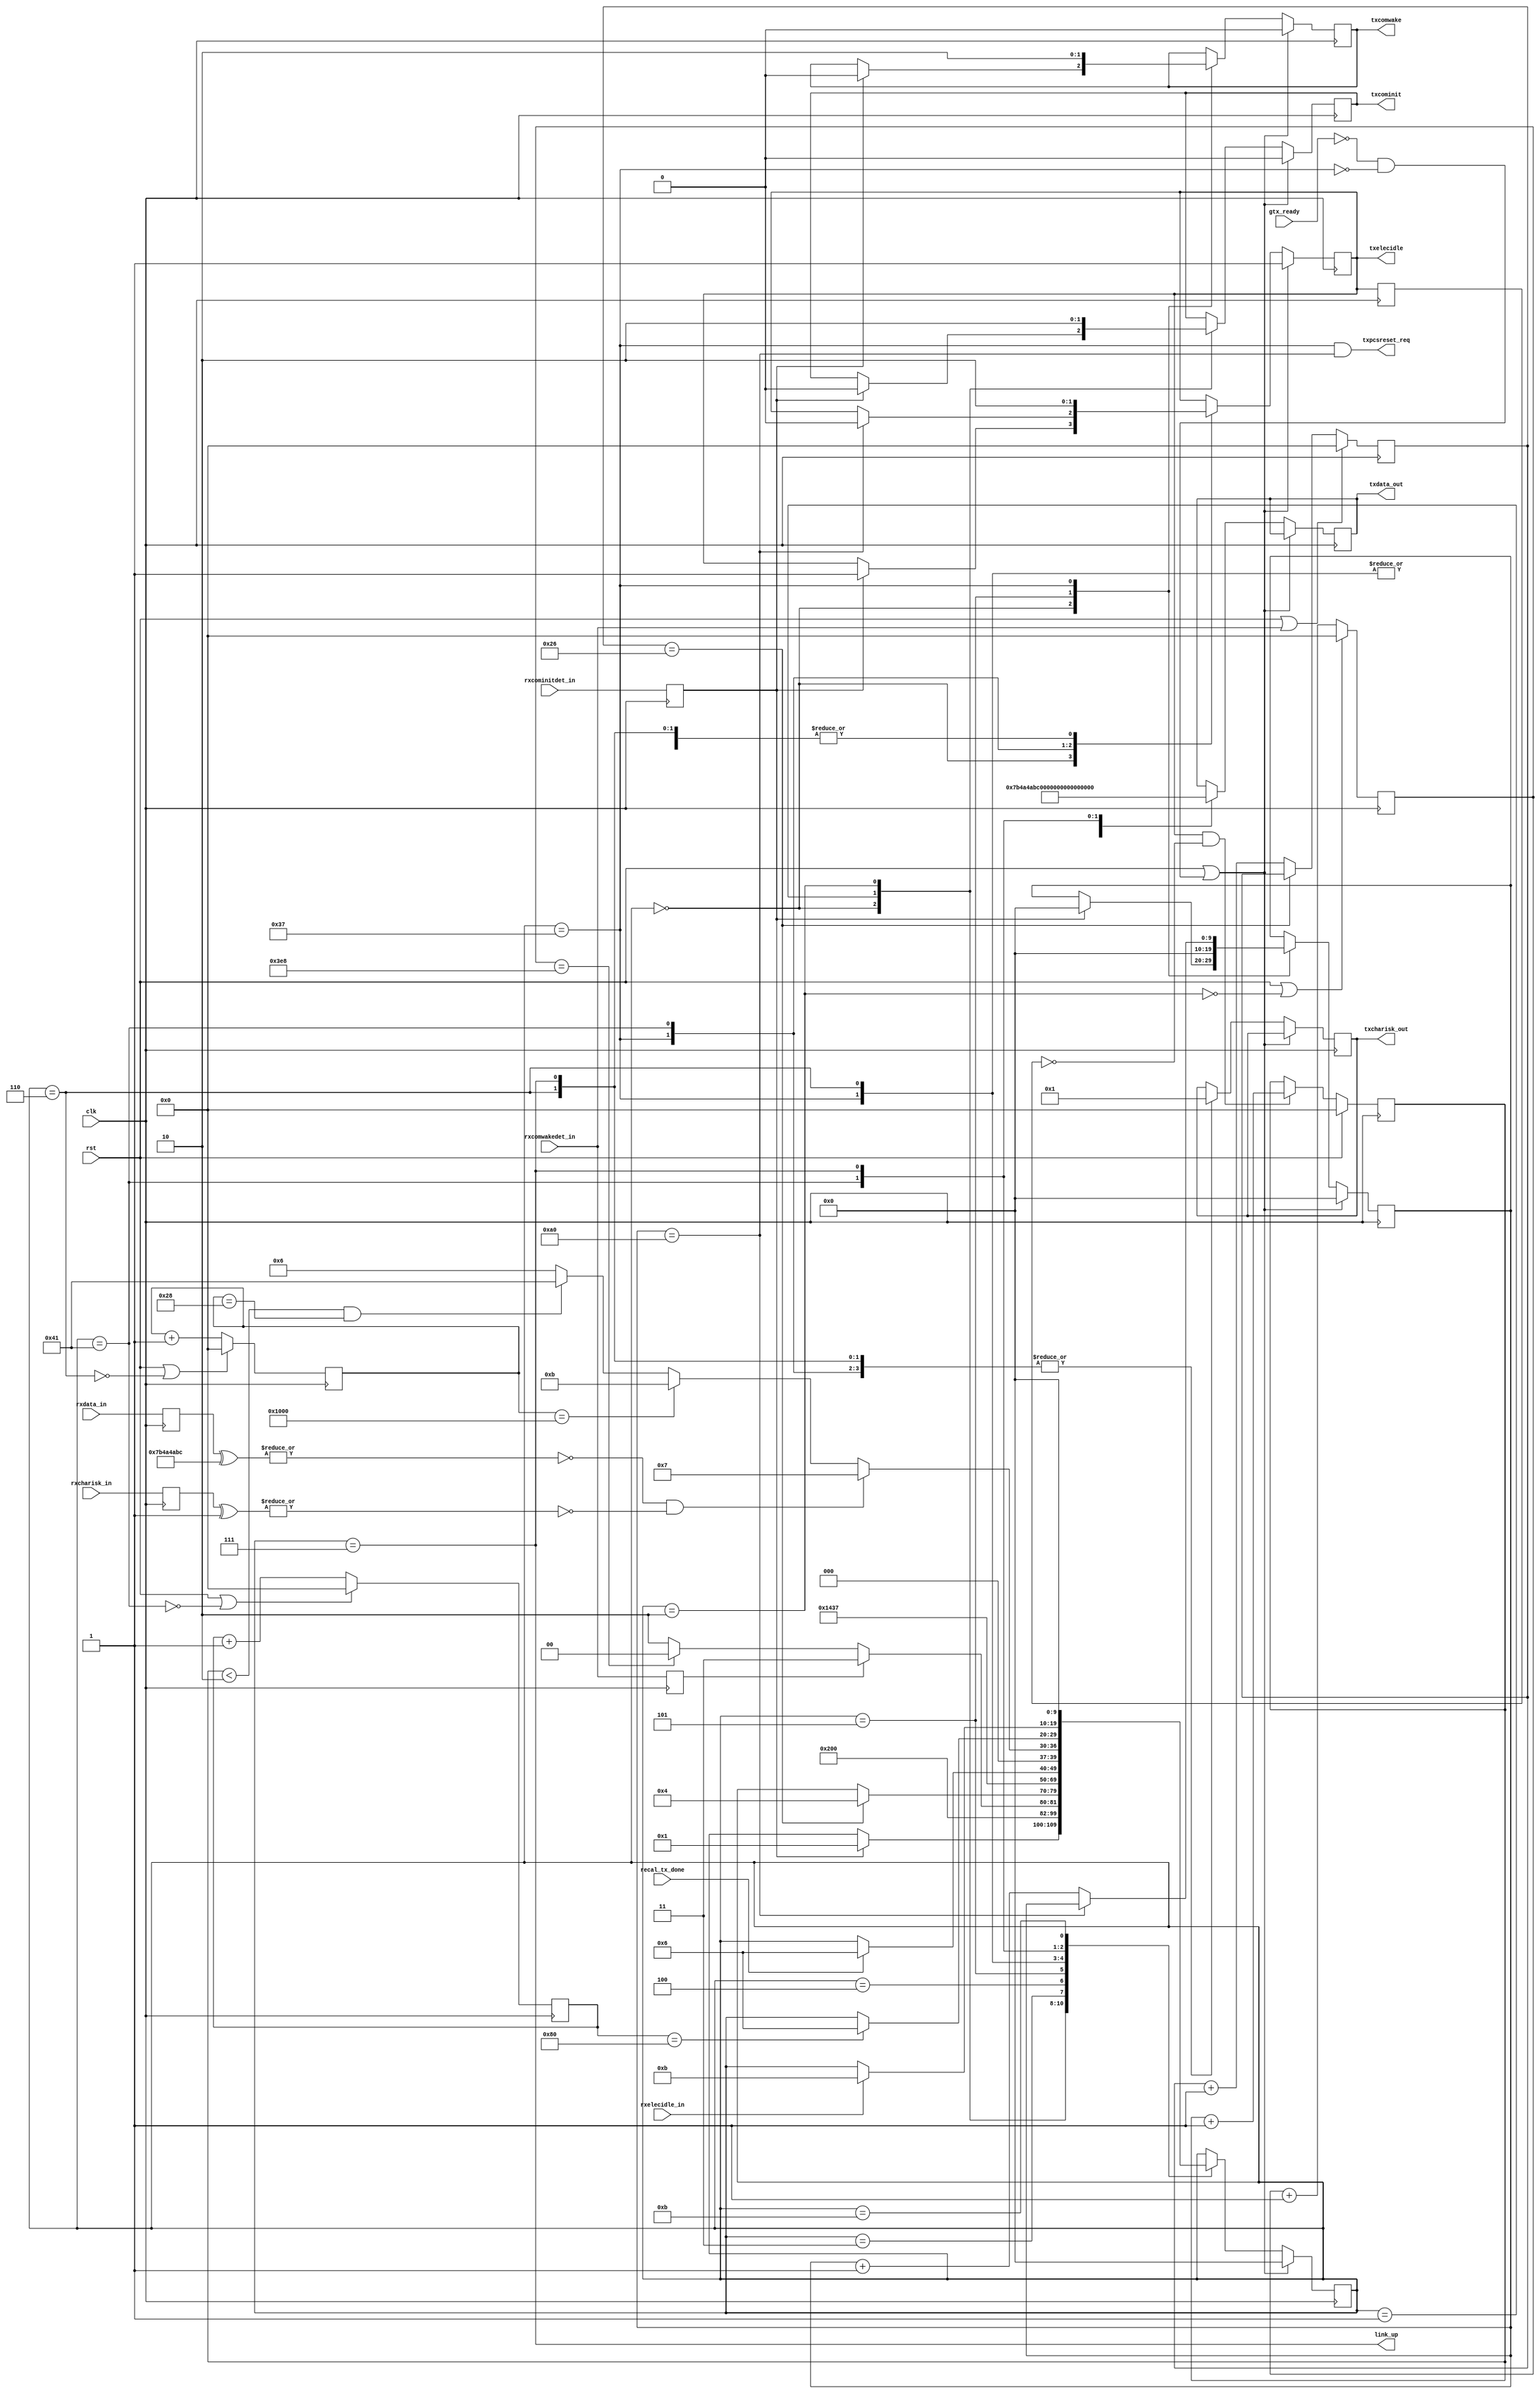
// This program was cloned from: https://github.com/Elphel/x393_sata
// License: GNU General Public License v3.0

/*!
 * <b>Module:</b>oob_dev
 * @file oob_dev.v
 * @date  2015-07-11  
 * @author Alexey     
 *
 * @brief sata oob unit implementation
 *
 * @copyright Copyright (c) 2015 Elphel, Inc.
 *
 * <b>License:</b>
 *
 * oob_dev.v is free software; you can redistribute it and/or modify
 * it under the terms of the GNU General Public License as published by
 * the Free Software Foundation, either version 3 of the License, or
 * (at your option) any later version.
 *
 * oob_dev.v file is distributed in the hope that it will be useful,
 * but WITHOUT ANY WARRANTY; without even the implied warranty of
 * MERCHANTABILITY or FITNESS FOR A PARTICULAR PURPOSE.  See the
 * GNU General Public License for more details.
 *
 * You should have received a copy of the GNU General Public License
 * along with this program.  If not, see <http://www.gnu.org/licenses/> .
 *
 * Additional permission under GNU GPL version 3 section 7:
 * If you modify this Program, or any covered work, by linking or combining it
 * with independent modules provided by the FPGA vendor only (this permission
 * does not extend to any 3-rd party modules, "soft cores" or macros) under
 * different license terms solely for the purpose of generating binary "bitstream"
 * files and/or simulating the code, the copyright holders of this Program give
 * you the right to distribute the covered work without those independent modules
 * as long as the source code for them is available from the FPGA vendor free of
 * charge, and there is no dependence on any encrypted modules for simulating of
 * the combined code. This permission applies to you if the distributed code
 * contains all the components and scripts required to completely simulate it
 * with at least one of the Free Software programs.
 */
/*
 * For now both device and host shall be set up to SATA2 speeds.
 * Need to think how to change speed grades on fly (either to broaden 
 * data iface width or to change RXRATE/TXRATE)
 */
// All references to doc = to SerialATA_Revision_2_6_Gold.pdf
module oob_dev #(
    parameter DATA_BYTE_WIDTH = 4,
    parameter CLK_SPEED_GRADE = 2, // 1 - 75 Mhz, 2 - 150Mhz, 4 - 300Mhz
    parameter TEST_ELIDLE =      2,      // test transmitting eidle between data rates (number of times)
    parameter ELIDLE_DELAY =    'h28, // 80,    // counter cycles
    parameter ELIDLE_DURATION = 'h80    // counter cycles
)
(
    // sata clk = usrclk2
    input   wire    clk,
    // reset oob
    input   wire    rst,

    input   wire    gtx_ready,
    // oob responses
    input   wire    rxcominitdet_in,
    input   wire    rxcomwakedet_in,
    input   wire    rxelecidle_in,
    // oob issues
    output  reg     txcominit,
    output  reg     txcomwake,
    output  reg     txelecidle,

    output  wire    txpcsreset_req,
    input   wire    recal_tx_done,

    // output data stream to gtx
    output  wire    [DATA_BYTE_WIDTH*8 - 1:0] txdata_out,
    output  wire    [DATA_BYTE_WIDTH - 1:0]   txcharisk_out,
    // input data from gtx
    input   wire    [DATA_BYTE_WIDTH*8 - 1:0] rxdata_in,
    input   wire    [DATA_BYTE_WIDTH - 1:0]   rxcharisk_in,

    output  wire    link_up
);

localparam  STATE_RESET             = 0;
localparam  STATE_COMINIT           = 1;
localparam  STATE_AWAITCOMWAKE      = 2;
localparam  STATE_AWAITNOCOMWAKE    = 3;
localparam  STATE_CALIBRATE         = 4;
localparam  STATE_COMWAKE           = 5;
localparam  STATE_RECAL             = 55;
localparam  STATE_SENDALIGN         = 6;
localparam  STATE_EIDLE_RATE        = 65; 
localparam  STATE_READY             = 7;
localparam  STATE_PARTIAL           = 8;
localparam  STATE_SLUMBER           = 9;
localparam  STATE_REDUCESPEED       = 10;
localparam  STATE_ERROR             = 11;


reg     [31:0]  rate_change_cntr;
reg             was_txelecidle;
reg     [9:0]   state;
wire    retry_interval_elapsed;
wire    wait_interval_elapsed;
wire    elidle_rate_delay_elapsed; 
wire    elidle_rate_duration_elapsed; 
wire    nocomwake;
wire    [31:0]  align;
wire    [31:0]  sync;

assign  align = {8'b01111011, 8'b01001010, 8'b01001010, 8'b10111100}; // {D27.3, D10.2, D10.2, K28.5}
assign  sync  = {8'b10110101, 8'b10110101, 8'b10010101, 8'b01111100}; // {D21.5, D21.5, D21.4, K28.3}

reg [31:0]  nocomwake_timer;
assign  nocomwake = nocomwake_timer == 32'd38;
always @ (posedge clk)
    nocomwake_timer <= rst | rxcomwakedet_in ? 32'h0 : nocomwake ? nocomwake_timer : nocomwake_timer + 1'b1;

reg [31:0]  retry_timer;
assign  retry_interval_elapsed = retry_timer == 32'd1000;
always @ (posedge clk)
    retry_timer <= rst | ~(state == STATE_AWAITCOMWAKE) ? 32'h0 : retry_timer + 1'b1;

reg [31:0]  wait_timer;
assign  wait_interval_elapsed =   wait_timer == 32'd4096;
assign elidle_rate_delay_elapsed = wait_timer == ELIDLE_DELAY;
always @ (posedge clk)
    wait_timer <= rst | ~(state == STATE_SENDALIGN) ? 32'h0 : wait_timer + 1'b1;
reg [31:0] elidle_timer;
assign elidle_rate_duration_elapsed = elidle_timer == ELIDLE_DURATION;    
always @ (posedge clk)
    elidle_timer <= rst | ~(state == STATE_EIDLE_RATE) ? 32'h0 : elidle_timer + 1'b1;

always @ (posedge clk) begin
    was_txelecidle <= txelecidle;
    if (rst)                                rate_change_cntr <= 0;
    else if (txelecidle && !was_txelecidle) rate_change_cntr <= rate_change_cntr + 1;  
end


reg [31:0]  data;
reg [3:0]   isk;

assign  link_up = state == STATE_READY;

assign  txdata_out      = data;
assign  txcharisk_out   = isk;

// buf inputs from gtx
reg rxcominitdet;
reg rxcomwakedet;
reg rxelecidle;
reg [31:0]  rxdata; 
reg [3:0]   rxcharisk;
always @ (posedge clk)
begin
    rxcominitdet <= rxcominitdet_in;
    rxcomwakedet <= rxcomwakedet_in;
    rxelecidle   <= rxelecidle_in;
    rxdata       <= rxdata_in;
    rxcharisk    <= rxcharisk_in;
end

reg [9:0] txelecidle_cnt;

wire    aligndet;
wire    syncdet;
assign  aligndet = ~|(rxdata ^ {8'b01111011, 8'b01001010, 8'b01001010, 8'b10111100}) & ~|(rxcharisk ^ 4'h1); // {D27.3, D10.2, D10.2, K28.5}
assign  syncdet  = ~|(rxdata ^ {8'b10110101, 8'b10110101, 8'b10010101, 8'b01111100}) & ~|(rxcharisk ^ 4'h1); // {D21.5, D21.5, D21.4, K28.3}

assign  txpcsreset_req = state == STATE_RECAL & (txelecidle_cnt == 10'd160);

always @ (posedge clk)
    if (rst | (~gtx_ready & ~(state == STATE_RECAL)))
    begin
        state       <= STATE_RESET;
        txelecidle  <= 1'b1;
        txcominit   <= 1'b0;
        txcomwake   <= 1'b0;
        txelecidle_cnt <= 10'h0;
    end
    else
        case (state)
        STATE_RESET:
        begin
            if (rxcominitdet) begin
                txelecidle_cnt <= 10'h0;
                state       <= STATE_COMINIT;
                txelecidle  <= 1'b1;
                txcominit   <= 1'b0;
                txcomwake   <= 1'b0;
            end
        end
        STATE_COMINIT:
        begin
            state       <= STATE_AWAITCOMWAKE;
            txcominit   <= 1'b1;
        end
        STATE_AWAITCOMWAKE:
        begin
            txcominit   <= 1'b0;
            if (rxcomwakedet)
                state   <= STATE_AWAITNOCOMWAKE;
            else 
            if (retry_interval_elapsed)
                state   <= STATE_RESET;
            else
                state   <= STATE_AWAITCOMWAKE;
        end
        STATE_AWAITNOCOMWAKE:
        begin
            if (nocomwake)
            begin
                state   <= STATE_CALIBRATE;
            end
        end
        STATE_CALIBRATE:
        begin
            state   <= STATE_COMWAKE;
        end
        STATE_COMWAKE:
        begin
            txcomwake   <= 1'b1;
            state       <= STATE_RECAL;
            txelecidle_cnt <= 10'h0;
        end
        STATE_RECAL:
        begin
            data    <= align;
            isk     <= 4'h1;
            txcomwake   <= 1'b0;
            // txcomwake period = 213.333 ns times let's say 10 pulses => 2133.333 ns = 160 cycles of 75Mhz
            if (txelecidle_cnt == 10'd160) begin
                txelecidle  <= 1'b0;
            end
            else begin
                txelecidle_cnt <= txelecidle_cnt + 1'b1;
            end
            if (recal_tx_done) begin
                state   <= STATE_SENDALIGN;
            end
        end
        STATE_SENDALIGN:
        begin
            txelecidle <= 1'b0;
            data    <= align;
            isk     <= 4'h1;
            if (aligndet)
                state   <= STATE_READY;
            else 
            if (wait_interval_elapsed)
                state   <= STATE_ERROR;
            else if ((rate_change_cntr < TEST_ELIDLE) && elidle_rate_delay_elapsed)
                state   <= STATE_EIDLE_RATE;
            else 
                state   <= STATE_SENDALIGN;
        end

        STATE_EIDLE_RATE:
        begin
            txelecidle <= 1'b1;
            data    <= 0; // align; // 'bz;
            isk     <= 4'h1;
            if (elidle_rate_duration_elapsed)
                state   <= STATE_SENDALIGN;
        end
        
        STATE_READY:
        begin
            txelecidle <= 1'b0;
            data    <= sync;
            isk     <= 4'h1;
            if (rxelecidle_in)
                state   <= STATE_ERROR;
        end
        STATE_ERROR:
        begin
            txelecidle <= 1'b0;
            state   <= STATE_RESET;
        end
        endcase


































































































/*



// 873.8 us error timer
// = 2621400 SATA2 serial ticks (period = 0.000333 us)
// = 131070 ticks @ 150Mhz
// = 65535  ticks @ 75Mhz 
localparam  [19:0]  CLK_TO_TIMER_CONTRIB = CLK_SPEED_GRADE == 1 ? 20'h4 :
                                           CLK_SPEED_GRADE == 2 ? 20'h2 :
                                           CLK_SPEED_GRADE == 4 ? 20'h1 : 20'h1;
`ifdef SIMULATION                                           
localparam  [19:0]  TIMER_LIMIT = 19'd200;
`else
localparam  [19:0]  TIMER_LIMIT = 19'd262140;
`endif
reg     [19:0]  timer;
wire            timer_clr;
wire            timer_fin;

// latching inputs from gtx
reg     rxcominitdet;
reg     rxcomwakedet;
reg     rxelecidle;
reg     [DATA_BYTE_WIDTH*8 - 1:0] rxdata;
reg     [DATA_BYTE_WIDTH - 1:0]   rxcharisk;

// primitives detection
wire    detected_alignp;
wire    detected_syncp;

// fsm, doc p265,266
wire    state_idle;
reg     state_wait_cominit;
reg     state_wait_comwake;
reg     state_wait_align;
reg     state_wait_synp;
reg     state_wait_linkup;
reg     state_error;

wire    set_wait_cominit;
wire    set_wait_comwake;
wire    set_wait_align;
wire    set_wait_synp;
wire    set_wait_linkup;
wire    set_error;
wire    clr_wait_cominit;
wire    clr_wait_comwake;
wire    clr_wait_align;
wire    clr_wait_synp;
wire    clr_wait_linkup;
wire    clr_error;

assign  state_idle = ~state_wait_cominit & ~state_wait_comwake & ~state_wait_align & ~state_wait_synp & ~state_wait_linkup & ~state_error;
always @ (posedge clk)
begin
    state_wait_cominit  <= (state_wait_cominit | set_wait_cominit) & ~clr_wait_cominit & ~rst;
    state_wait_comwake  <= (state_wait_comwake | set_wait_comwake) & ~clr_wait_comwake & ~rst;
    state_wait_align    <= (state_wait_align   | set_wait_align  ) & ~clr_wait_align   & ~rst;
    state_wait_synp     <= (state_wait_synp    | set_wait_synp   ) & ~clr_wait_synp    & ~rst;
    state_wait_linkup   <= (state_wait_linkup  | set_wait_linkup ) & ~clr_wait_linkup  & ~rst;
    state_error         <= (state_error        | set_error       ) & ~clr_error        & ~rst;
end

assign  set_wait_cominit = state_idle & oob_start & ~cominit_req;
assign  set_wait_comwake = state_idle & cominit_req & cominit_allow | state_wait_cominit & rxcominitdet;
assign  set_wait_align   = state_wait_comwake & rxcomwakedet;
assign  set_wait_synp    = state_wait_align & detected_alignp;
assign  set_wait_linkup  = state_wait_synp & detected_syncp;
assign  set_error        = timer_fin & (state_wait_cominit | state_wait_comwake | state_wait_align | state_wait_synp);
assign  clr_wait_cominit = set_wait_comwake | set_error;
assign  clr_wait_comwake = set_wait_align | set_error;
assign  clr_wait_align   = set_wait_synp | set_error;
assign  clr_wait_synp    = set_wait_linkup | set_error;
assign  clr_wait_linkup  = state_wait_linkup; //TODO not so important, but still have to trace 3 back-to-back non alignp primitives
assign  clr_error        = state_error;

// waiting timeout timer
assign  timer_fin = timer == TIMER_LIMIT;
assign  timer_clr = set_error | state_error | state_idle;
always @ (posedge clk)
    timer <= rst | timer_clr ? 20'h0 : timer + CLK_TO_TIMER_CONTRIB;

// something is wrong with speed grades if the host cannot lock to device's alignp stream
assign  oob_incompatible = state_wait_align & set_error;

// oob sequence is done, everything is okay
assign  oob_done = set_wait_linkup;

// noone responds to cominits
assign  oob_silence = set_error & state_wait_cominit;

// other timeouts
assign  oob_error = set_error & ~oob_silence & ~oob_incompatible;

// obvioud
assign  oob_busy = ~state_idle;

// set gtx controls
reg     txelecidle_r;
always @ (posedge clk)
    txelecidle_r <= rst ? 1'b1 : clr_wait_cominit ? 1'b0 : set_wait_cominit ? 1'b1 : txelecidle_r;

assign  txcominit  = set_wait_cominit;
assign  txcomwake  = set_wait_comwake;
assign  txelecidle = set_wait_cominit | txelecidle_r;

// indicate if link up condition was made
assign  link_up = clr_wait_linkup;

// link goes down when line is idle
reg     rxelecidle_r;
reg     rxelecidle_rr;
always @ (posedge clk)
begin
    rxelecidle_rr   <= rxelecidle_r;
    rxelecidle_r    <= rxelecidle;
end

assign  link_down = rxelecidle_rr;

// indicate that device is requesting for oob
reg     cominit_req_r;
wire    cominit_req_set;

assign  cominit_req_set = state_idle & rxcominitdet;
always @ (posedge clk)
    cominit_req_r <= (cominit_req_r | cominit_req_set) & ~(cominit_allow & cominit_req) & ~rst;
assign  cominit_req = cominit_req_set | cominit_req_r;

// detect which primitives sends the device after comwake was done
generate 
    if (DATA_BYTE_WIDTH == 2)
    begin
        reg detected_alignp_f;
        always @ (posedge clk)
            detected_alignp_f <= rst | ~state_wait_align ? 1'b0 : 
                                 ~|(rxdata ^ {8'b01001010, 8'b10111100}) & ~|(rxcharisk ^ 2'b01); // {D10.2, K28.5}
        assign detected_alignp = detected_alignp_f & ~|(rxdata ^ {8'b01111011, 8'b01001010}) & ~|(rxcharisk ^ 2'b00); // {D27.3, D10.2}
        
        reg detected_syncp_f;
        always @ (posedge clk)
            detected_syncp_f <= rst | ~state_wait_synp ? 1'b0 : 
                                ~|(rxdata ^ {8'b10010101, 8'b01111100}) & ~|(rxcharisk ^ 2'b01); // {D21.4, K28.3}
        assign detected_syncp = detected_syncp_f & ~|(rxdata ^ {8'b10110101, 8'b10110101}) & ~|(rxcharisk ^ 2'b00); // {D21.5, D21.5}
    end
    else
    if (DATA_BYTE_WIDTH == 4)
    begin
        assign detected_alignp = ~|(rxdata ^ {8'b01111011, 8'b01001010, 8'b01001010, 8'b10111100}) & ~|(rxcharisk ^ 4'h1); // {D27.3, D10.2, D10.2, K28.5}
        assign detected_syncp  = ~|(rxdata ^ {8'b10110101, 8'b10110101, 8'b10010101, 8'b01111100}) & ~|(rxcharisk ^ 4'h1); // {D21.5, D21.5, D21.4, K28.3}
    end
    else
    if (DATA_BYTE_WIDTH == 8)
    begin
        assign detected_alignp = ~|(rxdata ^ {2{8'b01111011, 8'b01001010, 8'b01001010, 8'b10111100}}) & ~|(rxcharisk ^ 8'h11); // {D27.3, D10.2, D10.2, K28.5}
        assign detected_syncp  = ~|(rxdata ^ {2{8'b10110101, 8'b10110101, 8'b10010101, 8'b01111100}}) & ~|(rxcharisk ^ 8'h11); // {D21.5, D21.5, D21.4, K28.3}
    end
    else
    begin
        always @ (posedge clk)
        begin
            $display("%m oob module works only with 16/32/64 gtx input data width");
            $finish;
        end
    end
endgenerate

// buf inputs from gtx
always @ (posedge clk)
begin
    rxcominitdet <= rxcominitdet_in;
    rxcomwakedet <= rxcomwakedet_in;
    rxelecidle   <= rxelecidle_in;
    rxdata       <= rxdata_in;
    rxcharisk    <= rxcharisk_in;
end

// set data outputs to upper levels
assign  rxdata_out    = rxdata;
assign  rxcharisk_out = rxcharisk;

// as depicted @ doc, p264, figure 163, have to insert D10.2 and align primitives after
// getting comwake from device
reg     [DATA_BYTE_WIDTH*8 - 1:0] txdata;
reg     [DATA_BYTE_WIDTH - 1:0]   txcharisk;
wire    [DATA_BYTE_WIDTH*8 - 1:0] txdata_d102;
wire    [DATA_BYTE_WIDTH - 1:0]   txcharisk_d102;
wire    [DATA_BYTE_WIDTH*8 - 1:0] txdata_align;
wire    [DATA_BYTE_WIDTH - 1:0]   txcharisk_align;

always @ (posedge clk)
begin
    txdata      <= state_wait_align ? txdata_d102 :
                   state_wait_synp  ? txdata_align : txdata_in;
    txcharisk   <= state_wait_align ? txcharisk_d102 :
                   state_wait_synp  ? txcharisk_align : txcharisk_in;
end

// Continious D10.2 primitive
assign  txcharisk_d102  = {DATA_BYTE_WIDTH{1'b0}};
assign  txdata_d102     = {DATA_BYTE_WIDTH{8'b01001010}};

// Align primitive: K28.5 + D10.2 + D10.2 + D27.3
generate 
    if (DATA_BYTE_WIDTH == 2)
    begin
        reg align_odd;
        always @ (posedge clk)
            align_odd <= rst | ~state_wait_synp ? 1'b0 : ~align_odd;
        
        assign txcharisk_align  = align_odd ? 2'b01 : 2'b00;
        assign txdata_align     = align_odd ? {8'b01001010, 8'b10111100} : // {D10.2, K28.5}
                                              {8'b01111011, 8'b01001010}; // {D27.3, D10.2}
    end
    else
    if (DATA_BYTE_WIDTH == 4)
    begin
        assign txcharisk_align  = 4'h1;
        assign txdata_align     = {8'b01111011, 8'b01001010, 8'b01001010, 8'b10111100}; // {D27.3, D10.2, D10.2, K28.5}
    end
    else
    if (DATA_BYTE_WIDTH == 8)
    begin
        assign txcharisk_align  = 8'h11;
        assign txdata_align     = {2{8'b01111011, 8'b01001010, 8'b01001010, 8'b10111100}}; // 2x{D27.3, D10.2, D10.2, K28.5}
    end
    else
        always @ (posedge clk)
        begin
            $display("%m oob module works only with 16/32/64 gtx input data width");
            $finish;
        end
endgenerate

// set data outputs to gtx
assign  txdata_out    = txdata;
assign  txcharisk_out = txcharisk;
*/
endmodule